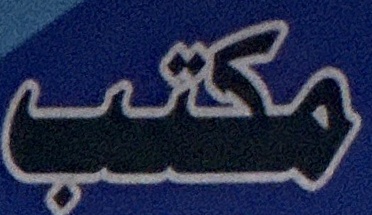
مكتب